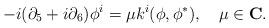
LaTeX: \begin{align*}-i(\partial_5+i \partial_6)\phi^i=\mu k^i(\phi, \phi^*), \quad \mu \in {\bf C} .\end{align*}